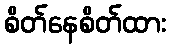
စိတ်နေစိတ်ထား